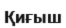
Қиғыш